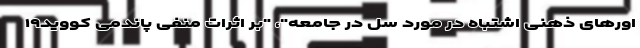
اورهای ذهنی اشتباه در مورد سل در جامعه"، "بر اثرات منفی پاندمی کووید۱۹